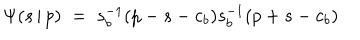
\Psi ( s \, | \, p ) \; = \; s _ { b } ^ { - 1 } ( p - s - c _ { b } ) s _ { b } ^ { - 1 } ( p + s - c _ { b } )